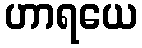
ဟာရယေ